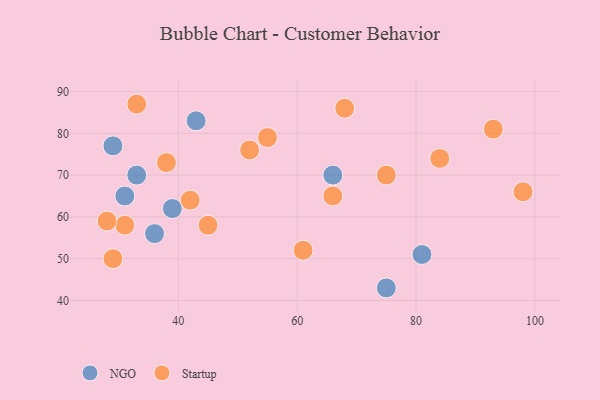
{"axis": {"x": "GDP", "y": "Life Expectancy"}, "legend": ["NGO", "Startup"], "data": [{"x": "75", "y": 43, "type": "NGO"}, {"x": "43", "y": 83, "type": "NGO"}, {"x": "39", "y": 62, "type": "NGO"}, {"x": "33", "y": 70, "type": "NGO"}, {"x": "36", "y": 56, "type": "NGO"}, {"x": "66", "y": 70, "type": "NGO"}, {"x": "81", "y": 51, "type": "NGO"}, {"x": "31", "y": 65, "type": "NGO"}, {"x": "29", "y": 77, "type": "NGO"}, {"x": "66", "y": 65, "type": "Startup"}, {"x": "68", "y": 86, "type": "Startup"}, {"x": "38", "y": 73, "type": "Startup"}, {"x": "29", "y": 50, "type": "Startup"}, {"x": "75", "y": 70, "type": "Startup"}, {"x": "84", "y": 74, "type": "Startup"}, {"x": "45", "y": 58, "type": "Startup"}, {"x": "33", "y": 87, "type": "Startup"}, {"x": "61", "y": 52, "type": "Startup"}, {"x": "98", "y": 66, "type": "Startup"}, {"x": "55", "y": 79, "type": "Startup"}, {"x": "42", "y": 64, "type": "Startup"}, {"x": "93", "y": 81, "type": "Startup"}, {"x": "52", "y": 76, "type": "Startup"}, {"x": "31", "y": 58, "type": "Startup"}, {"x": "28", "y": 59, "type": "Startup"}]}